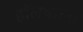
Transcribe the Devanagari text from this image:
हॉलवॉल्स